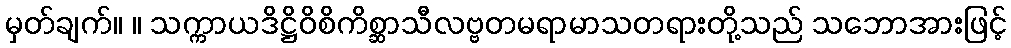
မှတ်ချက်။ ။ သက္ကာယဒိဋ္ဌိဝိစိကိစ္ဆာသီလဗ္ဗတမရာမာသတရားတို့သည် သဘောအားဖြင့်